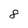
Character: 8